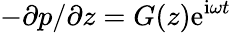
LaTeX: -{\partial p}/{\partial z}=G(z)\mathrm{e}^{\mathrm{i}\omega t}